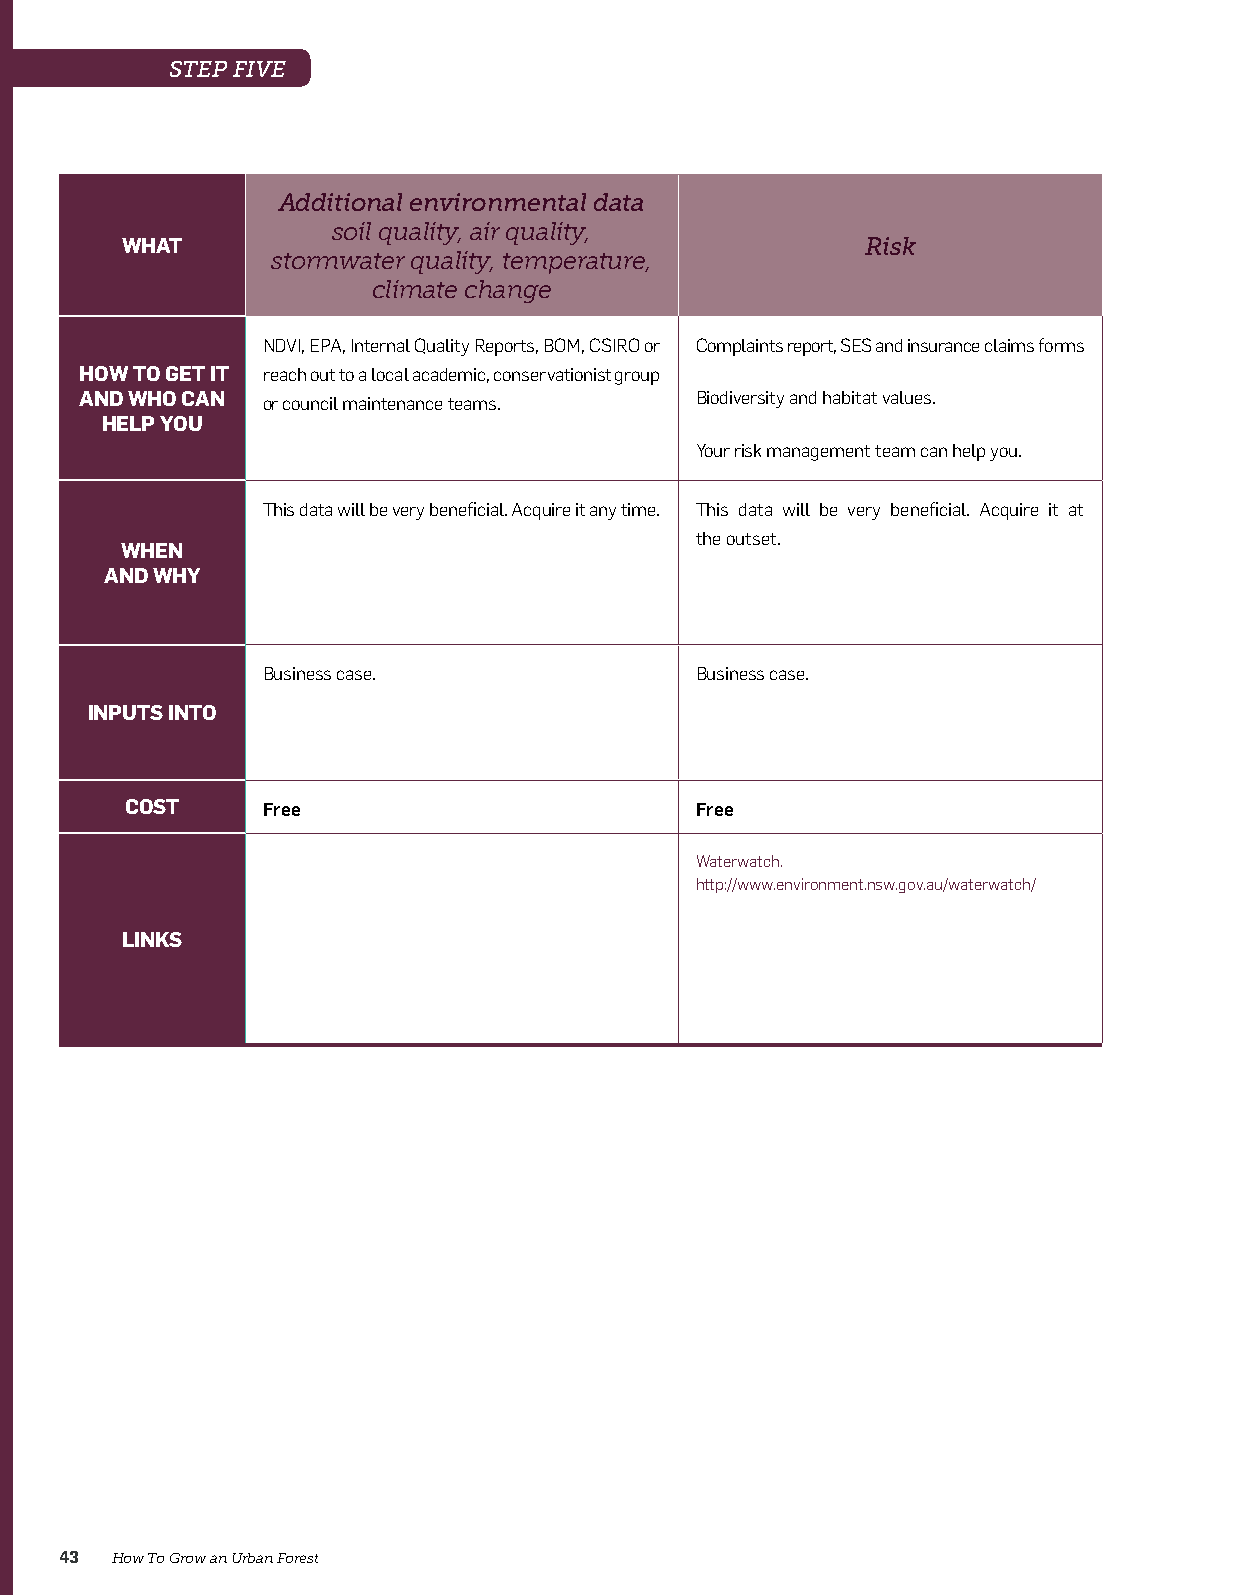
STEP FIVE
 Additional environmental data
 soil quality, air quality,
 WHAT                                             Risk                                           Heat mapping                      Tree selection
 stormwater quality, temperature,
 climate change
 NDVI, EPA, Internal Quality Reports, BOM, CSIRO or Complaints report, SES and insurance claims forms • Access to satellite images available through Landsat and Seek out local knowledge within council tree maintenance
 HOW TO GET IT reach out to a local academic, conservationist group                        MODIS for remote thermal sensing you can create heat groups, neighbouring councils, landscape architects and the
 AND WHO CAN or council maintenance teams. Biodiversity and habitat values.                maps with your GIS person.       202020 Vision.
 HELP YOU
 • Or you can pay for an aerial fly over and thermal image.
 Your risk management team can help you.
 This data will be very beneficial. Acquire it any time. This data will be very beneficial. Acquire it at Only acquire this data if heat is your driver. It is beneficial to
 the outset.                                    have data that will help you build a business case and define
 WHEN
 priority areas for tree planting.
 AND WHY
 You can acquire this at any time during your project.
 Business case.               Business case.                                 You need to make sure that you need this data – it should Implementation plan.
 complement your driver etc.
 INPUTS INTO
 Goals and implementation.
 COST     Free                         Free                                           Free - $70k
 Waterwatch.                                    http://www.vcccar.org.au/sites/default/files/publications/
 http://www.environment.nsw.gov.au/waterwatch/  VCCCAR%20Urban%20Heat%20Island%20Technical%20Report%20
 -%20WEB.pdf
 http://www.vcccar.org.au/sites/default/files/publications/
 LINKS
 Multiscale%20assessment%20urban%20heating%20Technical%20
 Report.pdf
 http://landsat.gsfc.nasa.gov/
 http://modis.gsfc.nasa.gov/
 43 How To Grow an Urban Forest